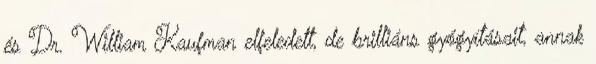
és Dr. William Kaufman elfeledett, de brilliáns gyógyításait, annak